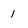
Character: 1